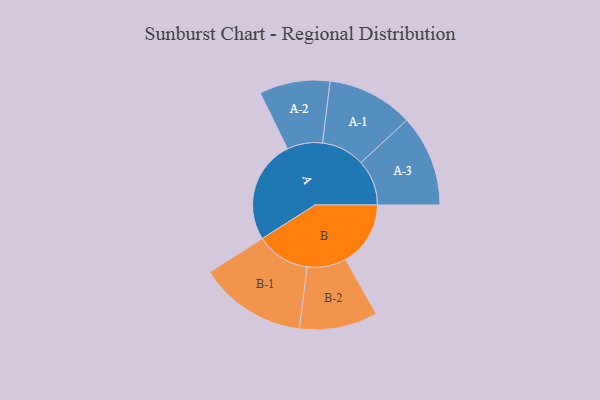
{"axis": {"x": "Segment", "y": "Value"}, "legend": ["", "A", "B"], "data": [{"x": "A", "y": 485, "type": ""}, {"x": "B", "y": 305, "type": ""}, {"x": "A-1", "y": 203, "type": "A"}, {"x": "A-2", "y": 166, "type": "A"}, {"x": "A-3", "y": 215, "type": "A"}, {"x": "B-1", "y": 253, "type": "B"}, {"x": "B-2", "y": 184, "type": "B"}]}